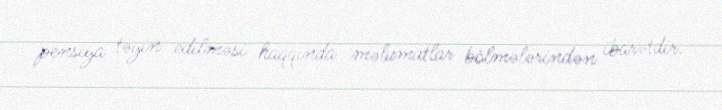
pensiya təyin edilməsi haqqında məlumatlar bölmələrindən ibarətdir.